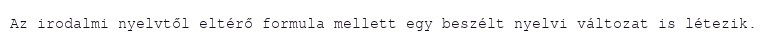
Az irodalmi nyelvtől eltérő formula mellett egy beszélt nyelvi változat is létezik.